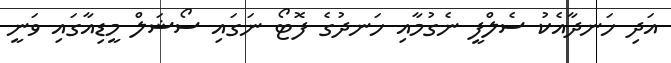
އަދި ހަނދާއެކު ސެލްފީ ނެގުމާއި ހަނދުގެ ފޮޓޯ ނަގައި ސޯޝަލް މީޑިއާގައި ވަނީ